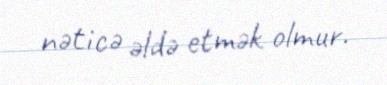
nəticə əldə etmək olmur.